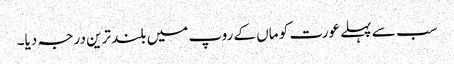
سب سے پہلے عورت کو ماں کے روپ میں بلند ترین درجہ دیا۔